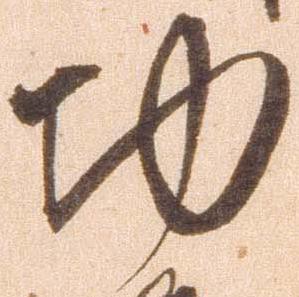
功